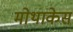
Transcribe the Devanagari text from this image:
मोथाकेस